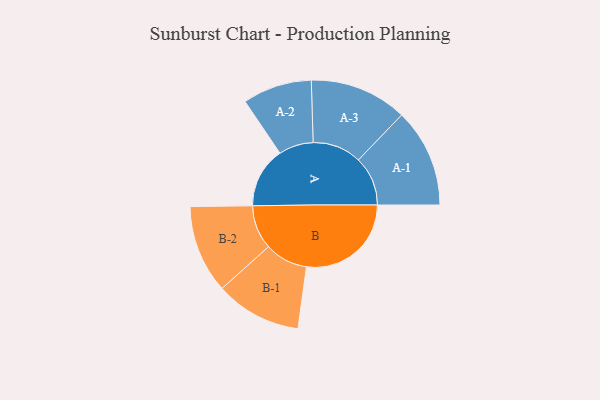
{"axis": {"x": "Segment", "y": "Value"}, "legend": ["", "A", "B"], "data": [{"x": "A", "y": 231, "type": ""}, {"x": "B", "y": 399, "type": ""}, {"x": "A-1", "y": 188, "type": "A"}, {"x": "A-2", "y": 132, "type": "A"}, {"x": "A-3", "y": 186, "type": "A"}, {"x": "B-1", "y": 164, "type": "B"}, {"x": "B-2", "y": 168, "type": "B"}]}